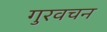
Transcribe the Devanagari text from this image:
गुरवचन